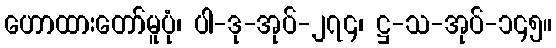
ဟောထားတော်မူပုံ၊ ပါ-ဒု-အုပ်-၂၇၄၊ ဋ္ဌ-သ-အုပ်-၁၄၅။